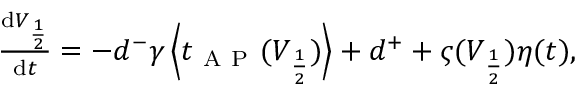
\begin{array} { r } { \frac { \mathrm { d } V _ { \frac { 1 } { 2 } } } { \mathrm { d } t } = - d ^ { - } \gamma \left\langle t _ { \mathrm { ~ A ~ P ~ } } ( V _ { \frac { 1 } { 2 } } ) \right\rangle + d ^ { + } + \varsigma ( V _ { \frac { 1 } { 2 } } ) \eta ( t ) , } \end{array}